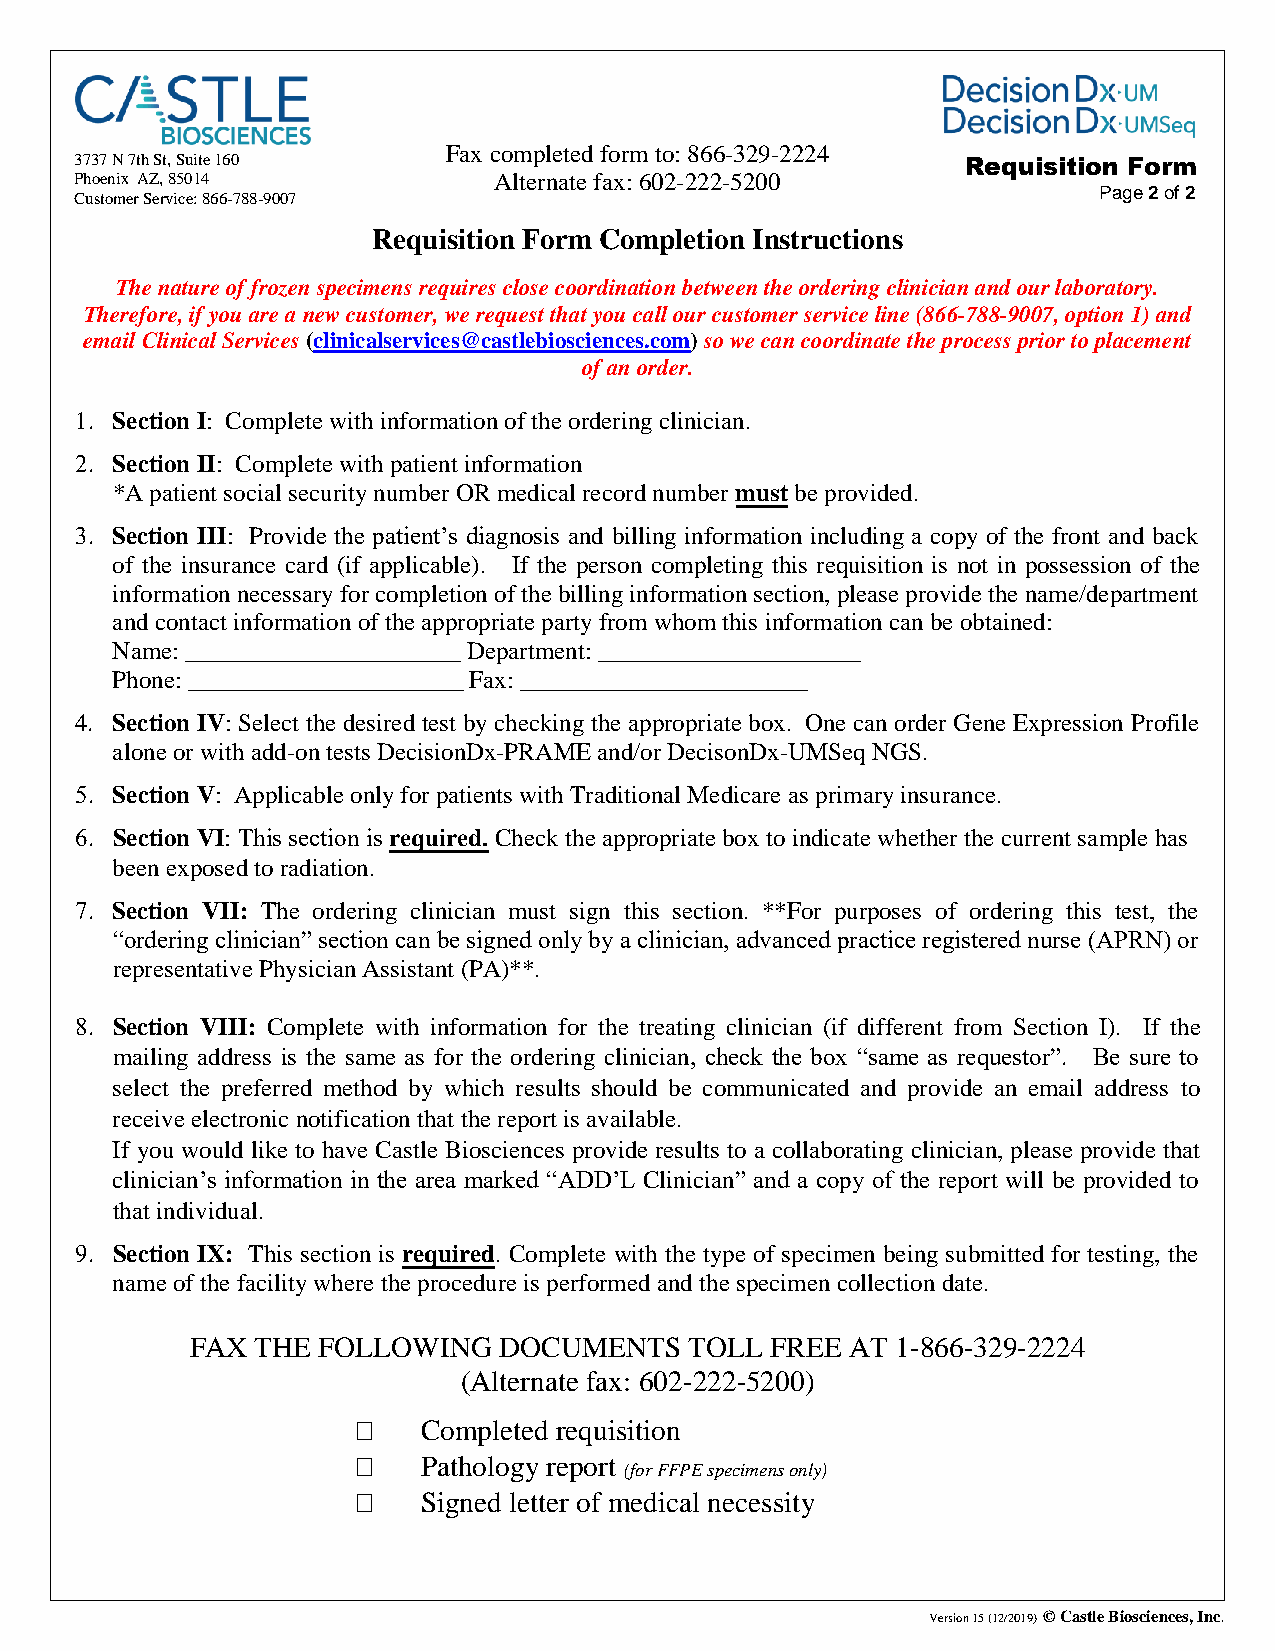
3737 N 7th St, Suite 160
 Fax completed form to: 866-329-2224
 Requisition Form
 Phoenix AZ, 85014           Alternate fax: 602-222-5200
 Customer Service: 866-788-9007                                      Page 2 of 2
 Requisition Form Completion Instructions
 The nature of frozen specimens requires close coordination between the ordering clinician and our laboratory.
 Therefore, if you are a new customer, we request that you call our customer service line (866-788-9007, option 1) and
 email Clinical Services (clinicalservices@castlebiosciences.com) so we can coordinate the process prior to placement
 of an order.
 1. Section I: Complete with information of the ordering clinician.
 2. Section II: Complete with patient information
 *A patient social security number OR medical record number must be provided.
 3. Section III: Provide the patient’s diagnosis and billing information including a copy of the front and back
 of the insurance card (if applicable). If the person completing this requisition is not in possession of the
 information necessary for completion of the billing information section, please provide the name/department
 and contact information of the appropriate party from whom this information can be obtained:
 Name: ______________________ Department: _____________________
 Phone: ______________________ Fax: _______________________
 4. Section IV: Select the desired test by checking the appropriate box. One can order Gene Expression Profile
 alone or with add-on tests DecisionDx-PRAME and/or DecisonDx-UMSeq NGS.
 5. Section V: Applicable only for patients with Traditional Medicare as primary insurance.
 6. Section VI: This section is required. Check the appropriate box to indicate whether the current sample has
 been exposed to radiation.
 7. Section VII: The ordering clinician must sign this section. **For purposes of ordering this test, the
 “ordering clinician” section can be signed only by a clinician, advanced practice registered nurse (APRN) or
 representative Physician Assistant (PA)**.
 8. Section VIII: Complete with information for the treating clinician (if different from Section I). If the
 mailing address is the same as for the ordering clinician, check the box “same as requestor”. Be sure to
 select the preferred method by which results should be communicated and provide an email address to
 receive electronic notification that the report is available.
 If you would like to have Castle Biosciences provide results to a collaborating clinician, please provide that
 clinician’s information in the area marked “ADD’L Clinician” and a copy of the report will be provided to
 that individual.
 9. Section IX: This section is required. Complete with the type of specimen being submitted for testing, the
 name of the facility where the procedure is performed and the specimen collection date.
 FAX THE FOLLOWING   DOCUMENTS    TOLL FREE AT 1-866-329-2224
 (Alternate fax: 602-222-5200)
    Completed requisition
    Pathology report
 (for FFPE specimens only)
    Signed letter of medical necessity
 Version 15 (12/2019) © Castle Biosciences, Inc.014/